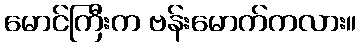
မောင်ကြီးက ဗန်းမောက်ကလား။